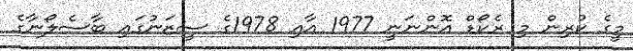
މީގެ ކުރިން މި ރެކޯޑް އޮންނަނީ 1977 އާއި 1978ގެ ސީޒަނުގައި ބާސެލޯނާގެ